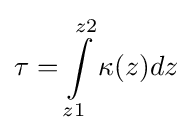
\tau =\int \limits _{z1}^{z2}\kappa (z)dz